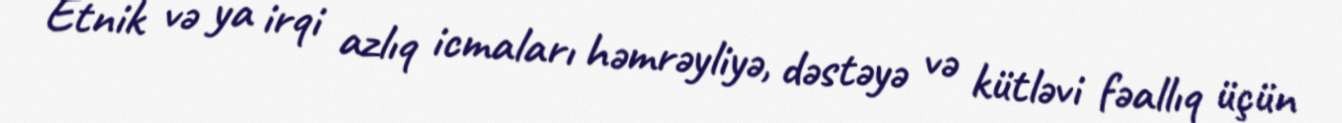
Etnik və ya irqi azlıq icmaları həmrəyliyə, dəstəyə və kütləvi fəallıq üçün